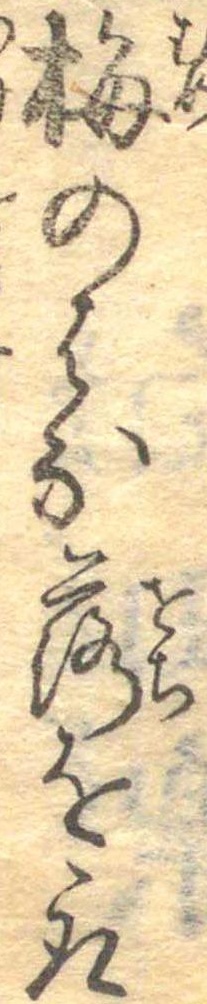
梅のはな落を取